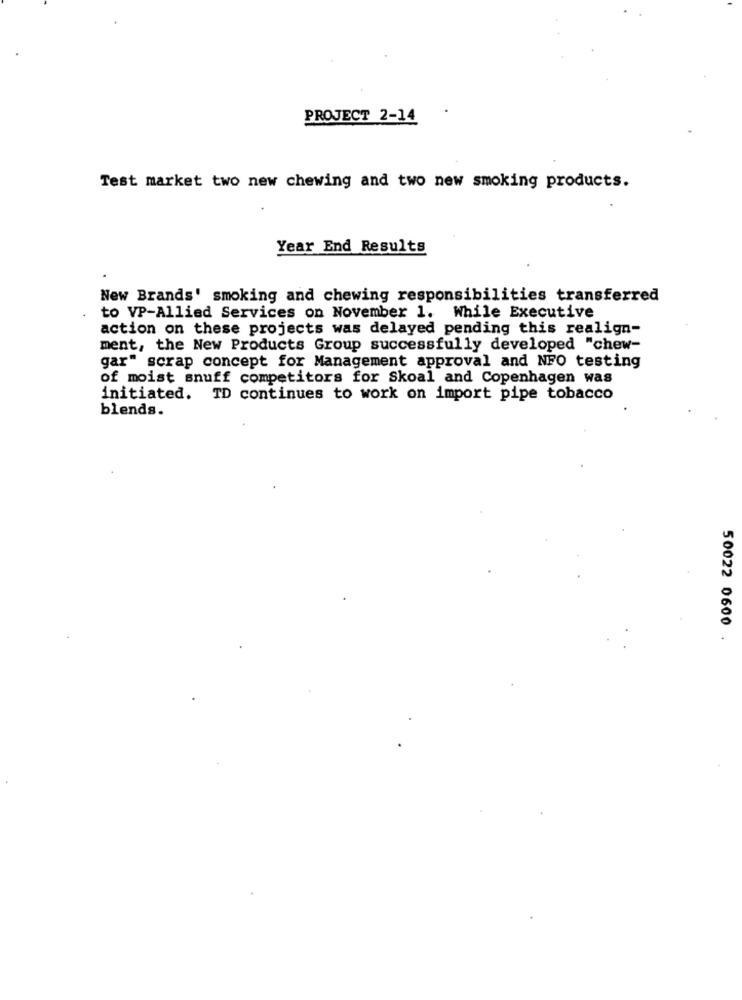
PROJECT 2-14
Test market two new chewing and two new smoking products.
Year End Results
New Brands' smoking and chewing responsibilities transferred
to VP-Allied Services on November 1. While Executive
action on these projects was delayed pending this realign-
ment, the New Products Group successfully developed "chew-
gar" scrap concept for Management approval and NFO testing
of moist snuff competitors for Skoal and Copenhagen was
initiated. TD continues to work on import pipe tobacco
blends.
50022 0600 .